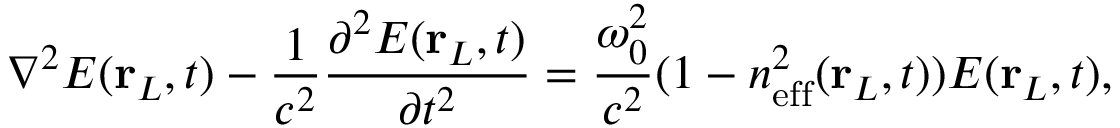
\nabla ^ { 2 } E ( \mathbf { r } _ { L } , t ) - \frac { 1 } { c ^ { 2 } } \frac { \partial ^ { 2 } E ( \mathbf { r } _ { L } , t ) } { \partial t ^ { 2 } } = \frac { \omega _ { 0 } ^ { 2 } } { c ^ { 2 } } ( 1 - n _ { \mathrm { e f f } } ^ { 2 } ( \mathbf { r } _ { L } , t ) ) E ( \mathbf { r } _ { L } , t ) ,